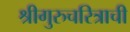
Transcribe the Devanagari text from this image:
श्रीगुरुचरित्राची